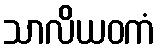
သာလိယဝကံ